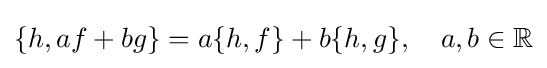
\{h,af+bg\}=a\{h,f\}+b\{h,g\},\quad a,b\in \mathbb {R}